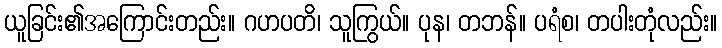
ယူခြင်း၏အကြောင်းတည်း။ ဂဟပတိ၊ သူကြွယ်။ ပုန၊ တဘန်။ ပရံစ၊ တပါးတုံလည်း။